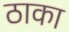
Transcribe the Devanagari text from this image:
ठाका